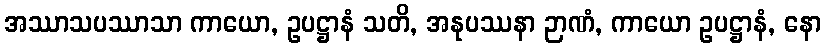
အဿာသပဿာသာ ကာယော, ဥပဋ္ဌာနံ သတိ, အနုပဿနာ ဉာဏံ, ကာယော ဥပဋ္ဌာနံ, နော